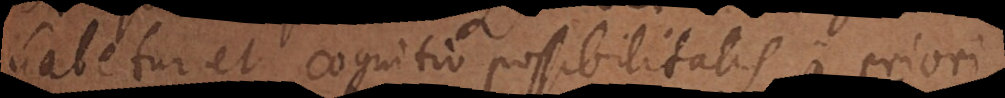
habetur et cognitio possibilitatis a priori